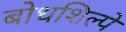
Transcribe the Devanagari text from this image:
बोधशिल्पे